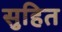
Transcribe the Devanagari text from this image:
सुहित